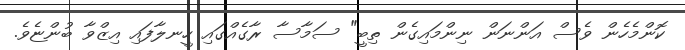
ކޮންމެހެން ވެސް އަންނަން ނިންމައިގެން ތިބީ" ސަމާސާ ރާގެއްގައި ހީނލާފައި އިޒްވާ ބުންޏެވެ.